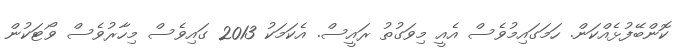
ކޮންބޭފުޅެއްކަން. ހަމަގައިމުވެސް އެއީ މިވަގުތު ރައީސް. އެކަމަކު 2013 ގައިވެސް މިހާރުވެސް ވޯޓަކުން